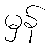
မှန်